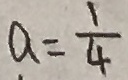
a = \frac { 1 } { 4 }